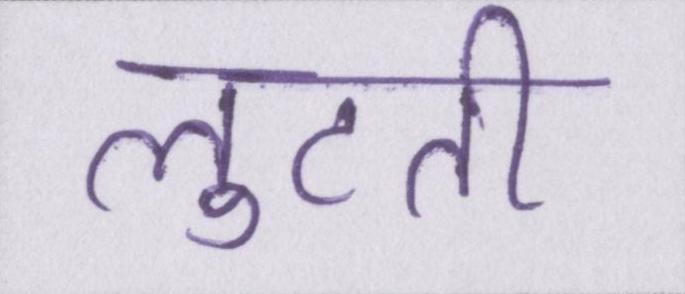
लुटती